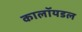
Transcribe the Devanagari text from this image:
कालॉयडल